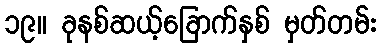
၁၉။ ခုနစ်ဆယ့်ခြောက်နှစ် မှတ်တမ်း